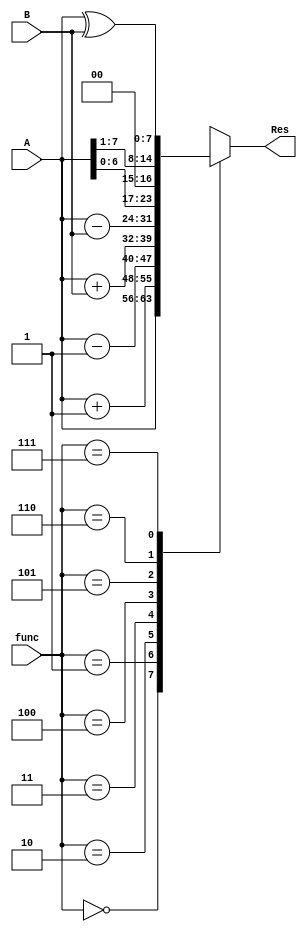
module ALU (Res, A, B, func);
  input [7:0] A, B;
  input [2:0] func;
  output [7:0] Res;
  reg Res;
  
  always@(func)
    begin
   case(func)
    0 : Res=A;
    1 : Res=A+1;
    2 : Res=A-1;
    3 : Res=A+B;
    4 : Res=A-B;
    5 : Res=A<<1;
    6 : Res=A>>1;
    7 : Res=A^B;
    default : Res=8'bxxxxxxx;
   endcase
    end
endmodule